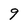
Character: 9